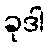
ခုဒါ